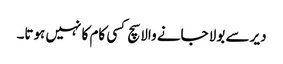
دیر سے بولا جانے والا سچ کسی کام کا نہیں ہوتا۔